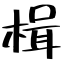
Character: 楫